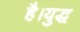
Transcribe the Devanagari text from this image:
है।युद्ध